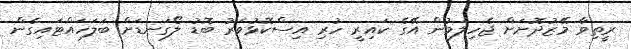
ރީތިވާ މޭޒުދޮށަށް ޖެހިލަމުން އޭގެ ކައިރީ ހުރި އިސްކޮޅުވަރު ބޮޑު ލޯގަނޑަށް ބަލަހައްޓައިގެން